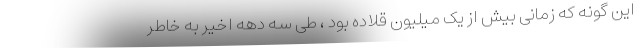
این گونه که زمانی بیش از یک میلیون قلاده بود ، طی سه دهه اخیر به خاطر